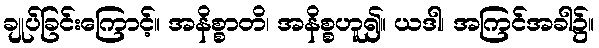
ချုပ်ခြင်းကြောင့်။ အနိစ္စာတိ၊ အနိစ္စဟူ၍။ ယဒါ၊ အကြင်အခါ၌။